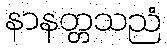
နာနတ္တသညံ